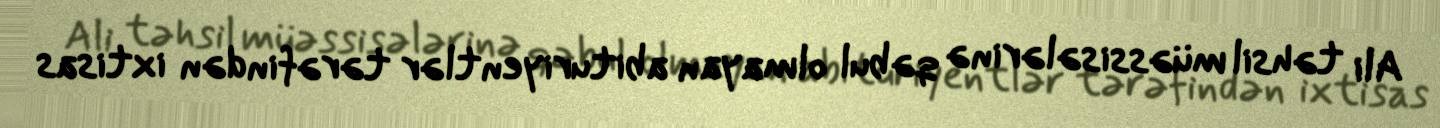
Ali təhsil müəssisələrinə qəbul olmayan abituriyentlər tərəfindən ixtisas